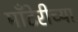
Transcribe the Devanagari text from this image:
माँटेरीच्या